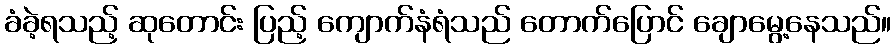
ခံခဲ့ရသည့် ဆုတောင်း ပြည့် ကျောက်နံရံသည် တောက်ပြောင် ချောမွေ့နေသည်။